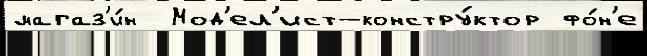
магаз'и́н  Мод'ел'ист-констру́ктор фо́н'е